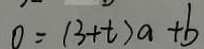
0 = ( 3 + t ) a + b